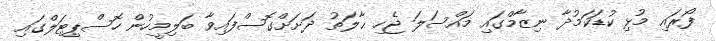
ފޯރައި މުޅި ކުޑަކަމުދާ ނިޒާމްގައި މައްސަލަ ޖެހި ޙާލަތު ދަށަށްގޮސްފައިވާ ބަލިމީހުން ހޮސްޕިޓަލްގައި